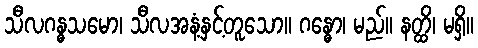
သီလဂန္ဓသမော၊ သီလအနံ့နှင့်တူသော။ ဂန္ဓော၊ မည်။ နတ္ထိ၊ မရှိ။